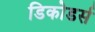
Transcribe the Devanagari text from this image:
डिकोडर्स